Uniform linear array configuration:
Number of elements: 48
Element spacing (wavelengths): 1
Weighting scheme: uniform
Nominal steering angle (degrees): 45
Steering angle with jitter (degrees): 43.869
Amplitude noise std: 0.05
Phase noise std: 0.05

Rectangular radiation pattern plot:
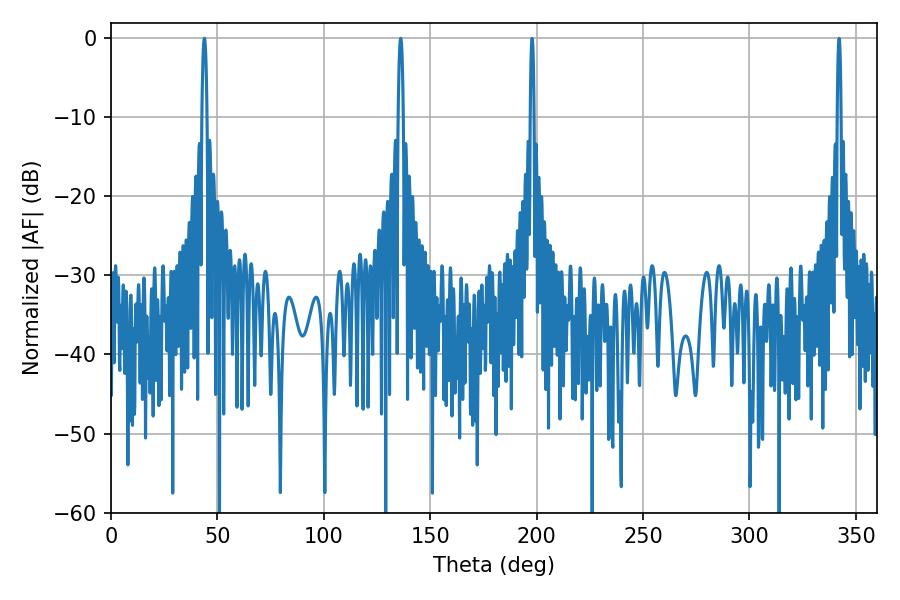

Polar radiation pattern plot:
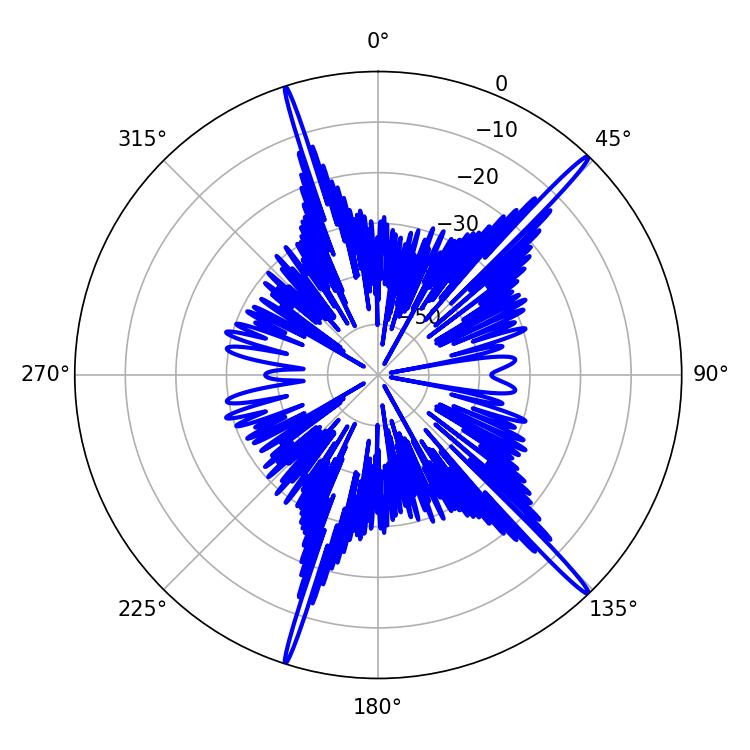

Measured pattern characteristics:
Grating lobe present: TRUE
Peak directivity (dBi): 18.791
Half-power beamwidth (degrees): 1.26
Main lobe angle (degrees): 136.08